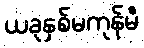
ယခုနှစ်မကုန်မီ